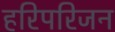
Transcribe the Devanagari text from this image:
हरिपरिजन